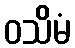
ဝသိမံ